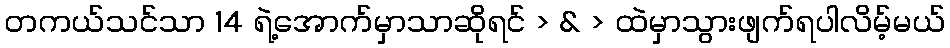
တကယ်သင်သာ 14 ရဲ့အောက်မှာသာဆိုရင် > & > ထဲမှာသွားဖျက်ရပါလိမ့်မယ်